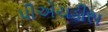
પીએચડીસ